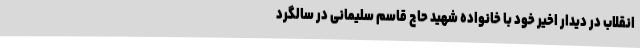
انقلاب در دیدار اخیر خود با خانواده شهید حاج قاسم سلیمانی در سالگرد